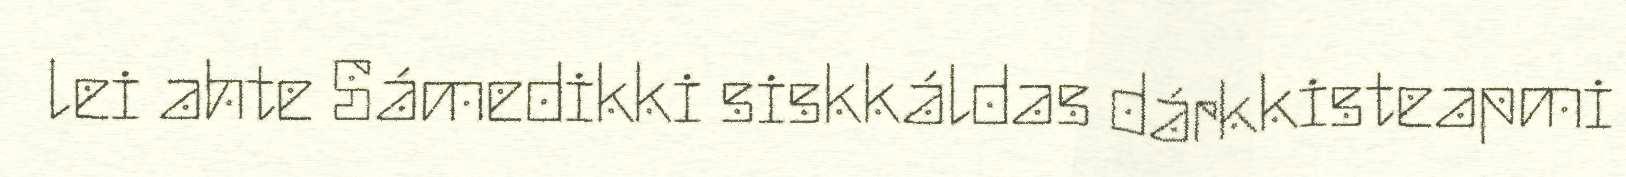
lei ahte Sámedikki siskkáldas dárkkisteapmi